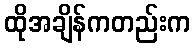
ထိုအချိန်ကတည်းက